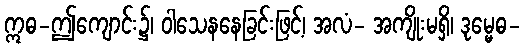
ဣဓ-ဤကျောင်း၌၊ ဝါသေနနေခြင်းဖြင့်၊ အလံ- အကျိုးမရှိ၊ ဒုမ္မေဓ-